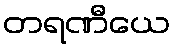
တရဏီယေ